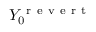
Y _ { 0 } ^ { \mathrm { ~ r ~ e ~ v ~ e ~ r ~ t ~ } }